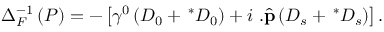
\Delta _ { F } ^ { - 1 } \left( P \right) = - \left[ \gamma ^ { 0 } \left( D _ { 0 } + \, ^ { \ast } D _ { 0 } \right) + i { \bf \gamma } . \widehat { { \bf p } } \left( D _ { s } + \, ^ { \ast } D _ { s } \right) \right] .